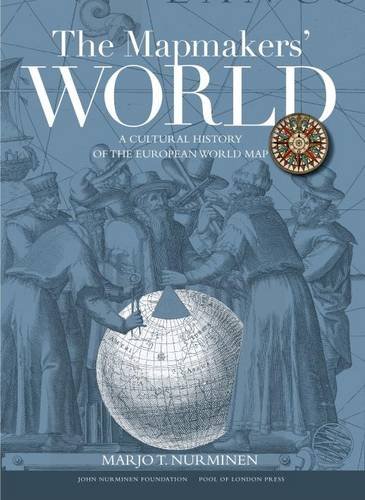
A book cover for The Map Makers' World: A Cultural History of the European World Map; Marjo Nurminen; Reference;